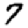
Digit: 7